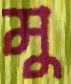
মু